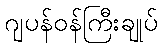
ဂျပန်ဝန်ကြီးချုပ်